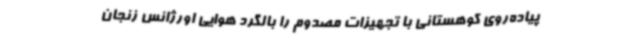
پیاده‌روی کوهستانی با تجهیزات مصدوم را بالگرد هوایی اورژانس زنجان